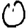
Digit: 0